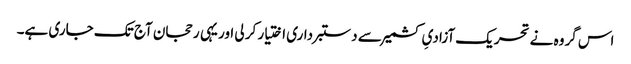
اس گروہ نے تحریک آزادیِ کشمیر سے دستبرداری اختیار کر لی اور یہی رحجان آج تک جاری ہے۔